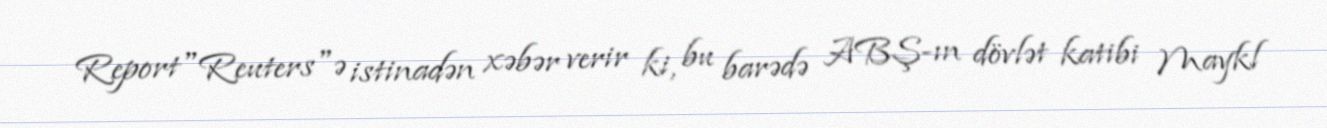
Report"Reuters"ə istinadən xəbər verir ki, bu barədə ABŞ-ın dövlət katibi Maykl